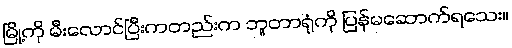
မြို့ကို မီးလောင်ပြီးကတည်းက ဘူတာရုံကို ပြန်မဆောက်ရသေး။